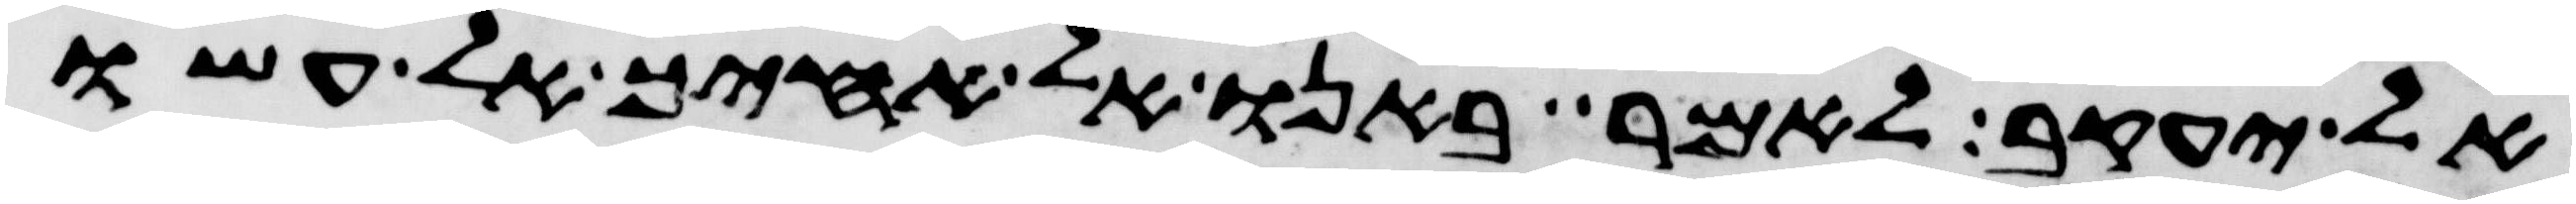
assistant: אל יעקב לאמר באנו אל אחיך אל עשו